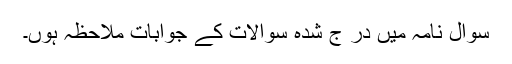
سوال نامہ میں در ج شدہ سوالات کے جوابات ملاحظہ ہوں۔